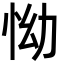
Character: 怮